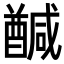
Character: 𮡂